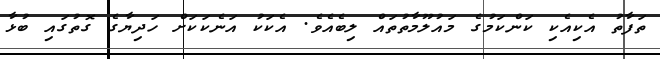
ތަފާތު އެކިއެކި ކަންކަމުގެ މައުލޫމާތުތައް ލިބެއެވެ. އެކަކު އަނެކަކަށް ހަދިޔާގެ ގޮތުގައި ބުޅާ